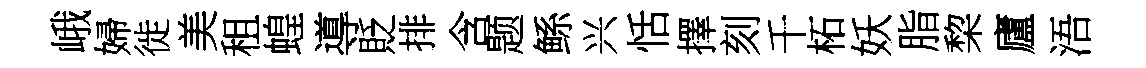
峨婦徙美租蝗導貶排含题鲧兴恬擇刻千柘妖脂棃廬浯